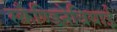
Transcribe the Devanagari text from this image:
स्कैण्डिनेवियाई